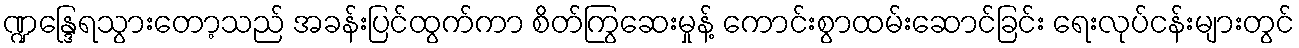
ဏ္ဍန္ဒြေရသွားတော့သည် အခန်းပြင်ထွက်ကာ စိတ်ကြွဆေးမှုန့် ကောင်းစွာထမ်းဆောင်ခြင်း ရေးလုပ်ငန်းများတွင်